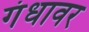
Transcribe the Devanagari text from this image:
गंधावर